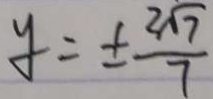
y = \pm \frac { 2 \sqrt { 7 } } { 7 }